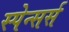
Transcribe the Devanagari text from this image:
स्पेन्सर्स